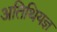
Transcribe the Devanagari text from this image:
अतिथियज्ञ